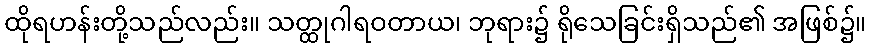
ထိုရဟန်းတို့သည်လည်း။ သတ္ထုဂါရဝတာယ၊ ဘုရား၌ ရိုသေခြင်းရှိသည်၏ အဖြစ်၌။